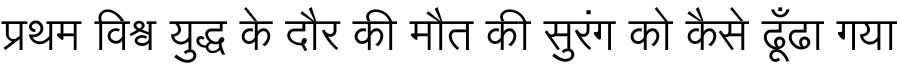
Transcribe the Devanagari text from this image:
प्रथम विश्व युद्ध के दौर की मौत की सुरंग को कैसे ढूँढा गया